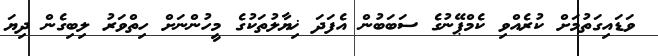
ވަޑައިގަތުމަށް ކުރެއްވި ކެމްޕޭނުގެ ސަބަބުން އެފަދަ ޚިޔާލުތަކުގެ މީހުންނަށް ހިތްވަރު ލިބިގެން ދިޔަ